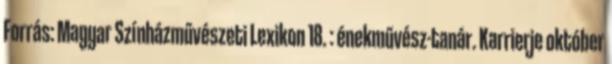
Forrás: Magyar Színházművészeti Lexikon 18. : énekművész-tanár. Karrierje október